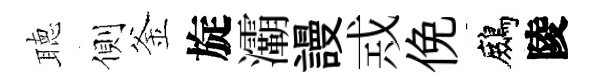
聴側釜旋灞謾𢦶俛鷓陵